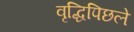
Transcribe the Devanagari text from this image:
वृद्धिपिछले